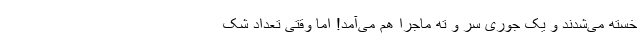
خسته می‌شدند و یک جوری سر و ته ماجرا هم می‌آمد! اما وقتی تعداد شک